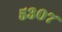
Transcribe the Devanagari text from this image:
५३०७